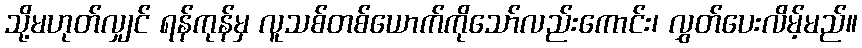
သို့မဟုတ်လျှင် ရန်ကုန်မှ လူသစ်တစ်ယောက်ကိုသော်လည်းကောင်း၊ လွှတ်ပေးလိမ့်မည်။